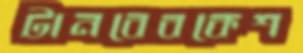
টানবেবকেশ